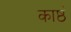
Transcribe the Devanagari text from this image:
काष्ठं